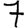
Digit: 7